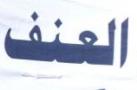
العنف